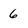
Character: 6